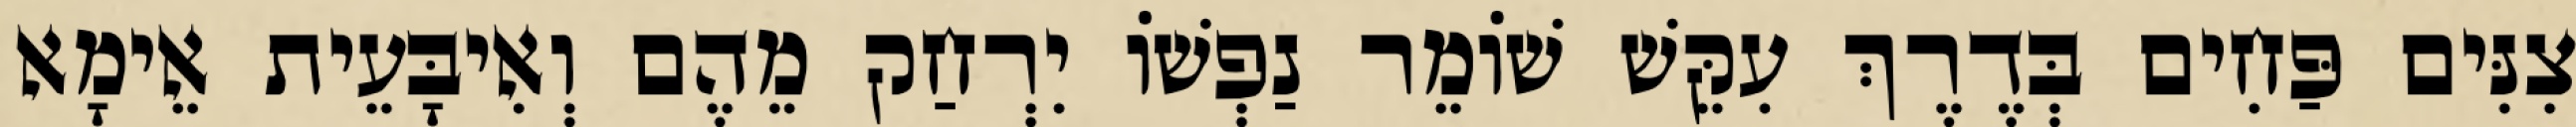
צִנִּים פַּחִים בְּדֶרֶךְ עִקֵּשׁ שׁוֹמֵר נַפְשׁוֹ יִרְחַק מֵהֶם וְאִיבָּעֵית אֵימָא